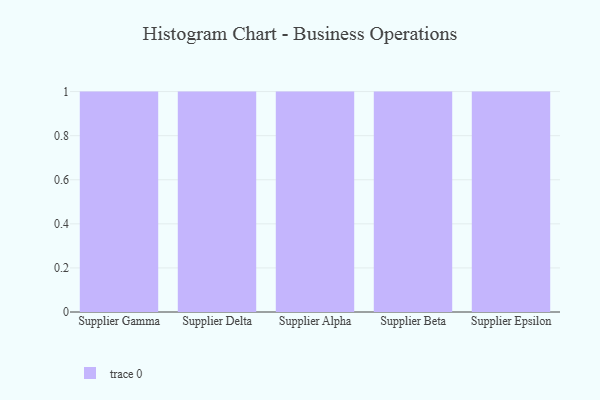
{"axis": {"x": "Supplier", "y": "Churn Rate (%)"}, "legend": [""], "data": [{"x": "Supplier Gamma", "y": 97, "type": ""}, {"x": "Supplier Delta", "y": 41, "type": ""}, {"x": "Supplier Alpha", "y": 76, "type": ""}, {"x": "Supplier Beta", "y": 95, "type": ""}, {"x": "Supplier Epsilon", "y": 9, "type": ""}]}